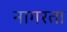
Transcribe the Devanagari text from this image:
नागरता